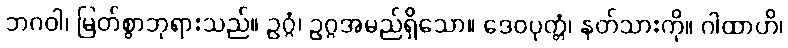
ဘဂဝါ၊ မြတ်စွာဘုရားသည်။ ဥဂ္ဂံ၊ ဥဂ္ဂအမည်ရှိသော။ ဒေဝပုတ္တံ၊ နတ်သားကို။ ဂါထာဟိ၊